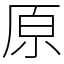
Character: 原